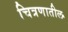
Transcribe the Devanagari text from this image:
चित्रणातील